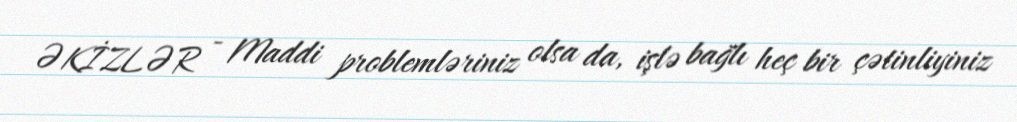
ƏKİZLƏR - Maddi problemləriniz olsa da, işlə bağlı heç bir çətinliyiniz